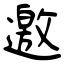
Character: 邀